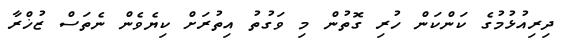
ދިރިއުޅުމުގެ ކަންކަން ހުރި ގޮތުން މި ވަގުތު އިތުރަށް ކިޔެވެން ނެތަސް ޒުޚްރާ